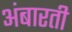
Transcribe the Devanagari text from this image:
अंबारती